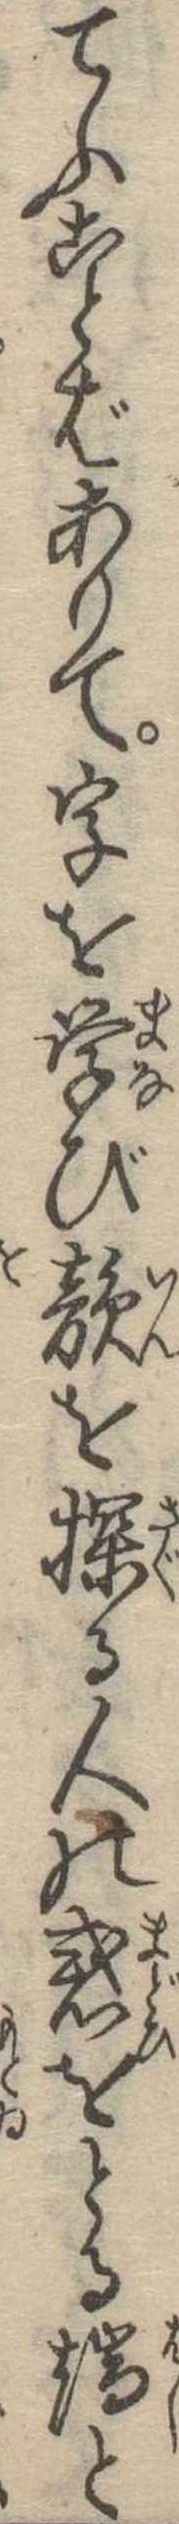
てふことばありて字を学び韻を探る人の惑をとる端と